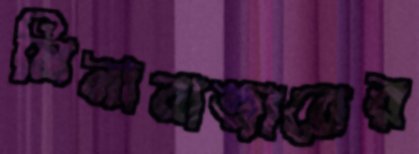
মিনাবাজারের